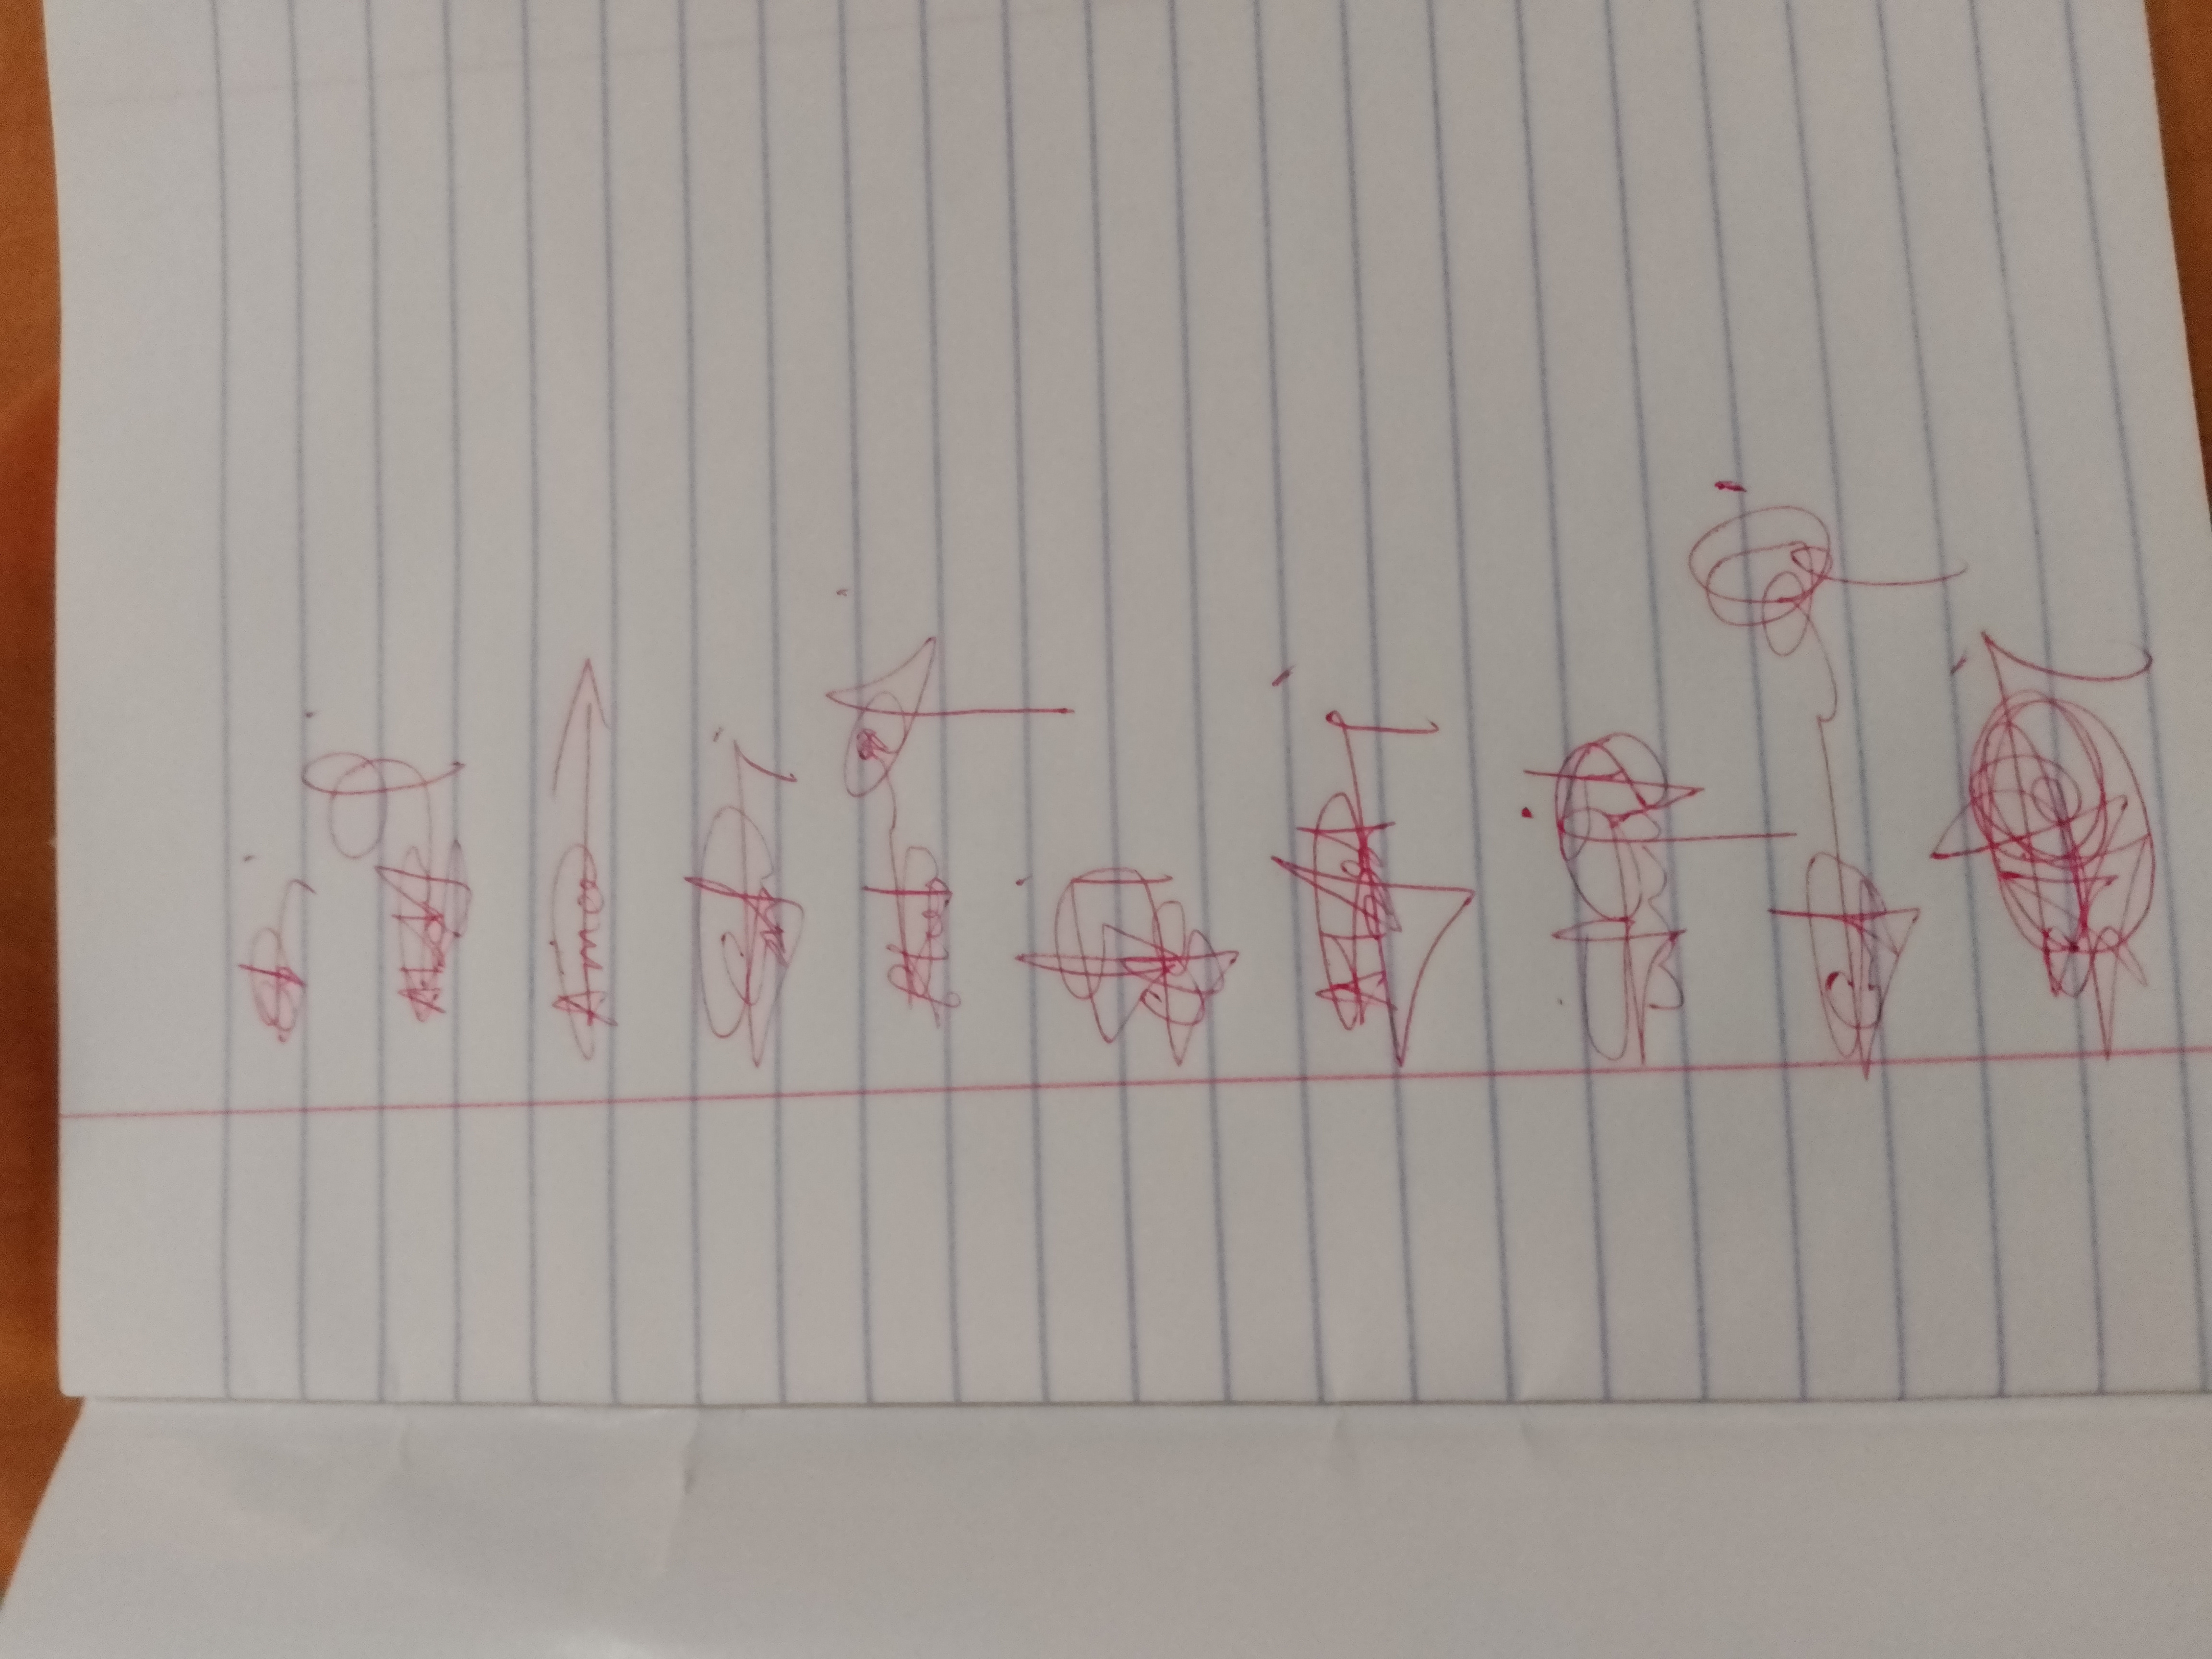
Signature authenticity: genuine